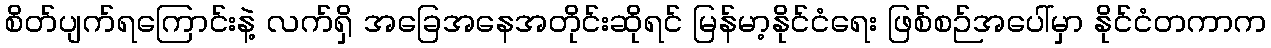
စိတ်ပျက်ရကြောင်းနဲ့ လက်ရှိ အခြေအနေအတိုင်းဆိုရင် မြန်မာ့နိုင်ငံရေး ဖြစ်စဉ်အပေါ်မှာ နိုင်ငံတကာက